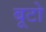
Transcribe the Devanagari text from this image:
बूटो